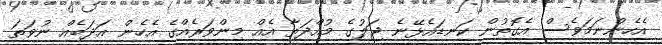
އެހެންނަމަވެސް އެގޮތުން ކަނޑައެޅޭނެ ޖަލުގެ މުއްދަތާ އެއް މިންވަރެއްގެ އެހެން އަދަބެއް ނުވަތަ